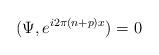
LaTeX: \begin{align*}(\Psi,e^{i2\pi(n+p)x})=0\end{align*}